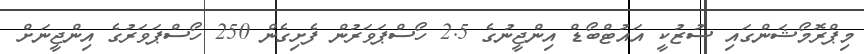
މިޕްރޮމޯޝަންގައި ސުޒުކީ އައުޓްބޯޑް އިންޖީނުގެ 2.5 ހޯސްޕަވަރުން ފެށިގެން 250 ހޯސްޕަވަރުގެ އިންޖީނަށް